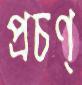
প্রচণ্